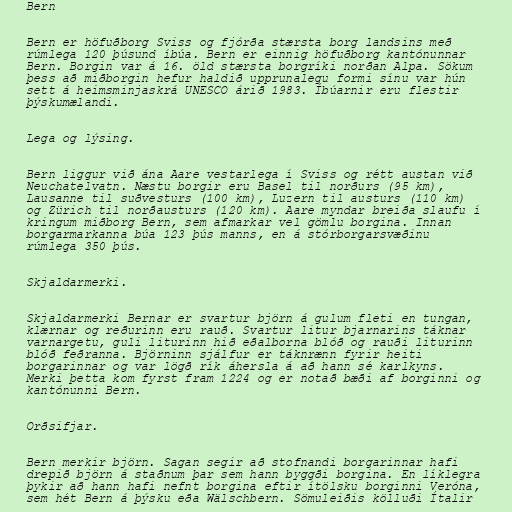
Bern

Bern er höfuðborg Sviss og fjórða stærsta borg landsins með
rúmlega 120 þúsund íbúa. Bern er einnig höfuðborg kantónunnar
Bern. Borgin var á 16. öld stærsta borgríki norðan Alpa. Sökum
þess að miðborgin hefur haldið upprunalegu formi sínu var hún
sett á heimsminjaskrá UNESCO árið 1983. Íbúarnir eru flestir
þýskumælandi.

Lega og lýsing.

Bern liggur við ána Aare vestarlega í Sviss og rétt austan við
Neuchatelvatn. Næstu borgir eru Basel til norðurs (95 km),
Lausanne til suðvesturs (100 km), Luzern til austurs (110 km)
og Zürich til norðausturs (120 km). Aare myndar breiða slaufu í
kringum miðborg Bern, sem afmarkar vel gömlu borgina. Innan
borgarmarkanna búa 123 þús manns, en á stórborgarsvæðinu
rúmlega 350 þús.

Skjaldarmerki.

Skjaldarmerki Bernar er svartur björn á gulum fleti en tungan,
klærnar og reðurinn eru rauð. Svartur litur bjarnarins táknar
varnargetu, guli liturinn hið eðalborna blóð og rauði liturinn
blóð feðranna. Björninn sjálfur er táknrænn fyrir heiti
borgarinnar og var lögð rík áhersla á að hann sé karlkyns.
Merki þetta kom fyrst fram 1224 og er notað bæði af borginni og
kantónunni Bern.

Orðsifjar.

Bern merkir björn. Sagan segir að stofnandi borgarinnar hafi
drepið björn á staðnum þar sem hann byggði borgina. En líklegra
þykir að hann hafi nefnt borgina eftir ítölsku borginni Veróna,
sem hét Bern á þýsku eða Wälschbern. Sömuleiðis kölluði Ítalir